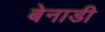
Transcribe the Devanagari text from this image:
बेनाडी